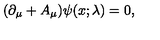
( \partial _ { \mu } + A _ { \mu } ) \psi ( x ; \lambda ) = 0 ,